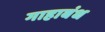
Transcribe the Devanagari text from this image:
गाहाबंध